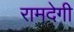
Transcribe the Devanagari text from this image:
रामदेगी